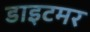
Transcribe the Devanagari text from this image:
डाइटमर